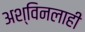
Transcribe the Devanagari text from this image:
अश्विनलाही